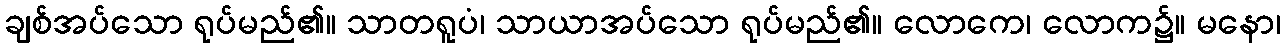
ချစ်အပ်သော ရုပ်မည်၏။ သာတရူပံ၊ သာယာအပ်သော ရုပ်မည်၏။ လောကေ၊ လောက၌။ မနော၊